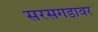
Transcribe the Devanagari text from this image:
सरसगडावर